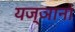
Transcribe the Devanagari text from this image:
यज्ञानां